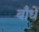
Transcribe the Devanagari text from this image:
बाँधें